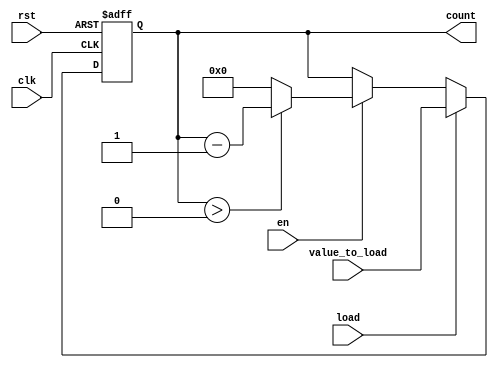
module down_counter #(
    parameter N = 8  // Define the bit-width of the counter (e.g., N = 8 for counting down from 255)
) (
    input wire clk,         // Clock signal
    input wire rst,         // Asynchronous reset signal
    input wire en,          // Enable signal to decrement the counter
    input wire load,        // Load signal to load a specific value
    input wire [N-1:0] value_to_load, // Value to load into the counter
    output reg [N-1:0] count // Current count value output
);

    // Initialize the register
    initial begin
        count = 0;
    end

    // Asynchronous reset and load logic
    always @(posedge clk or posedge rst) begin
        if (rst) begin
            count <= N; // Reset the counter to the maximum value N
        end else if (load) begin
            count <= value_to_load; // Load the specified value
        end else if (en) begin
            if (count > 0) begin
                count <= count - 1; // Decrement the counter
            end else begin
                count <= 0; // Prevent underflow
            end
        end
    end

endmodule